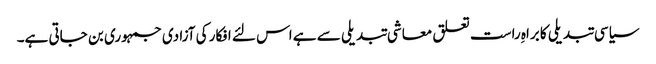
سیاسی تبدیلی کا براہِ راست تعلق معاشی تبدیلی سے ہے اس لئے افکار کی آزادی جمہوری بن جاتی ہے۔